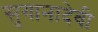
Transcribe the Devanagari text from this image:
सुगानादेवी